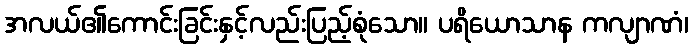
အလယ်၏ကောင်းခြင်းနှင့်လည်းပြည့်စုံသော။ ပရိယောသာန ကလျာဏံ၊